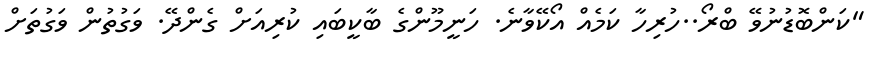
"ކަންބޮޑުނުވޭ ބްރޯ..ހުރިހާ ކަމެއް އޯކޭވާނެ. ހަނީމޫންގެ ބާކީބައި ކުރިއަށް ގެންދޭ. ވަގުތުން ވަގުތަށް